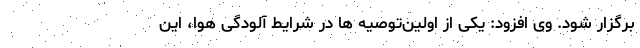
برگزار شود. وی افزود: یکی از اولین‌توصیه ها در شرایط آلودگی هوا، این